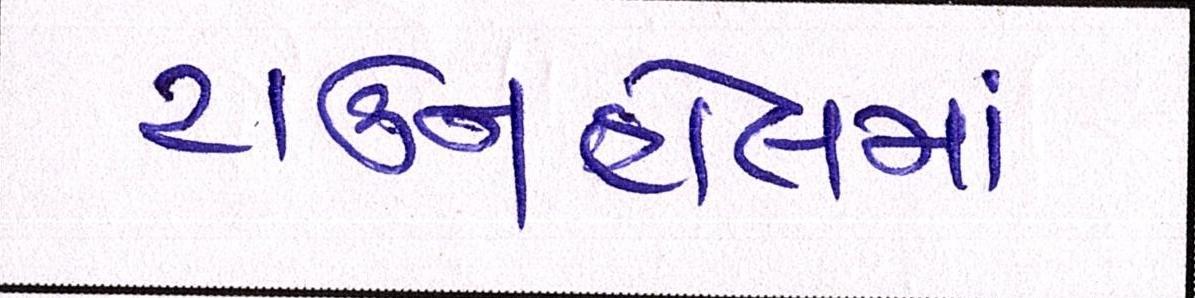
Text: ટાઉનહોલમાં